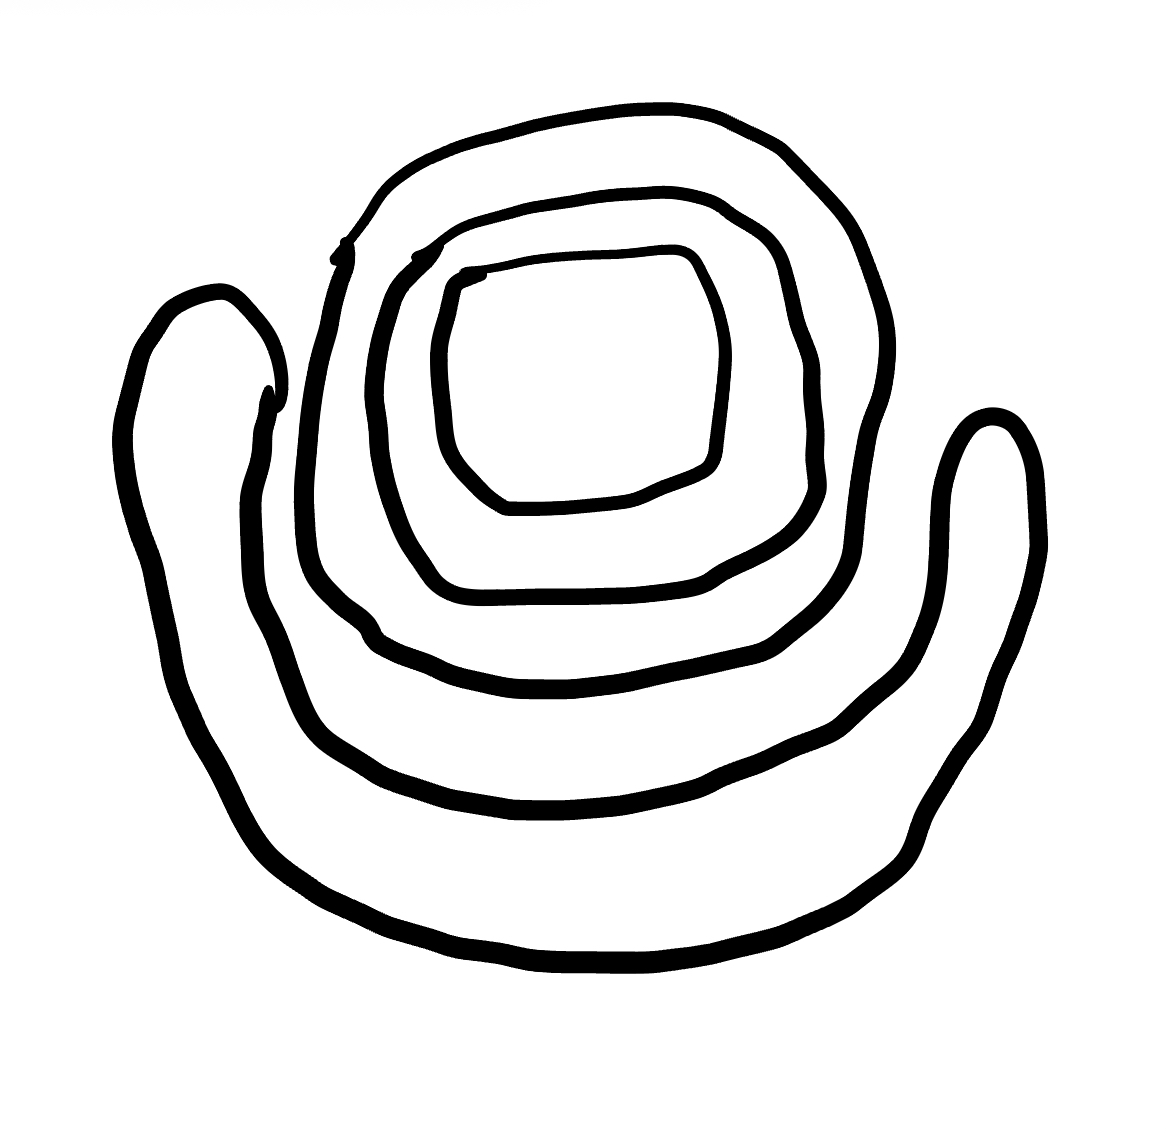
Number of regions (including the outer root region): 5
Containment tree edges (parent, child): 0, 1, 0, 2, 2, 3, 3, 4